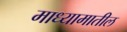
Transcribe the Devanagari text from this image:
माध्यामातील